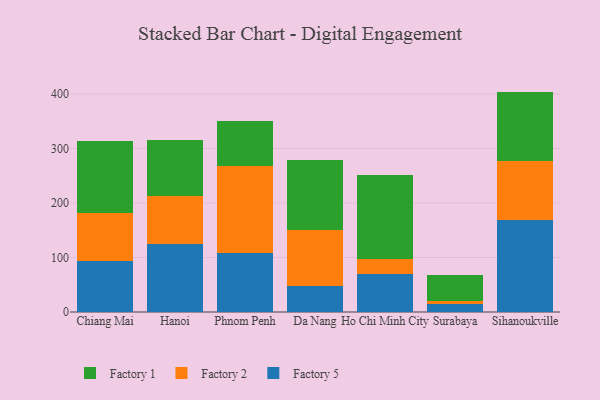
{"axis": {"x": "City", "y": "Budget (USD K)"}, "legend": ["Factory 1", "Factory 2", "Factory 5"], "data": [{"x": "Chiang Mai", "y": 93.2, "type": "Factory 5"}, {"x": "Chiang Mai", "y": 88.6, "type": "Factory 2"}, {"x": "Chiang Mai", "y": 131.3, "type": "Factory 1"}, {"x": "Hanoi", "y": 124.7, "type": "Factory 5"}, {"x": "Hanoi", "y": 87.7, "type": "Factory 2"}, {"x": "Hanoi", "y": 102.5, "type": "Factory 1"}, {"x": "Phnom Penh", "y": 108.3, "type": "Factory 5"}, {"x": "Phnom Penh", "y": 159.2, "type": "Factory 2"}, {"x": "Phnom Penh", "y": 83.6, "type": "Factory 1"}, {"x": "Da Nang", "y": 47.4, "type": "Factory 5"}, {"x": "Da Nang", "y": 103.8, "type": "Factory 2"}, {"x": "Da Nang", "y": 127.4, "type": "Factory 1"}, {"x": "Ho Chi Minh City", "y": 70.6, "type": "Factory 5"}, {"x": "Ho Chi Minh City", "y": 26.8, "type": "Factory 2"}, {"x": "Ho Chi Minh City", "y": 154.0, "type": "Factory 1"}, {"x": "Surabaya", "y": 15.0, "type": "Factory 5"}, {"x": "Surabaya", "y": 6.0, "type": "Factory 2"}, {"x": "Surabaya", "y": 47.2, "type": "Factory 1"}, {"x": "Sihanoukville", "y": 169.3, "type": "Factory 5"}, {"x": "Sihanoukville", "y": 107.3, "type": "Factory 2"}, {"x": "Sihanoukville", "y": 127.7, "type": "Factory 1"}]}